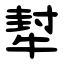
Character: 犎